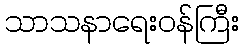
သာသနာရေးဝန်ကြီး